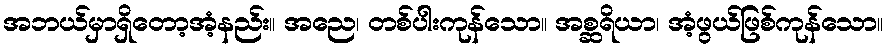
အဘယ်မှာရှိတော့အံ့နည်း။ အညေ၊ တစ်ပါးကုန်သော။ အစ္ဆရိယာ၊ အံ့ဖွယ်ဖြစ်ကုန်သော။